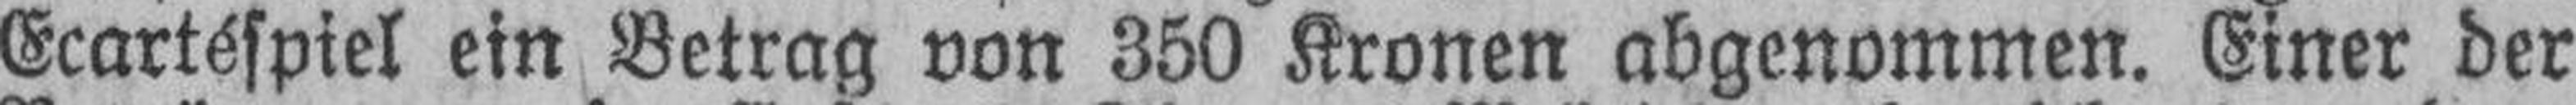
Ecartéspiel ein Betrag von 350 Kronen abgenommen. Einer der